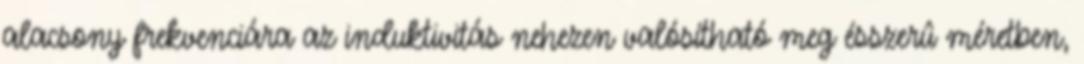
alacsony frekvenciára az induktivitás nehezen valósítható meg ésszerû méretben,